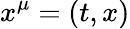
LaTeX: x^{\mu}=(t,x)